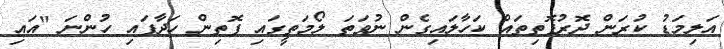
އަލިމަޑު ކުރަން ދޮރުފޮތިތައް ކަހާލައިގެން ނުވަތަ ލޯމަތީގައި ފޮތިން ހަދާފައި ހުންނަ "އައި